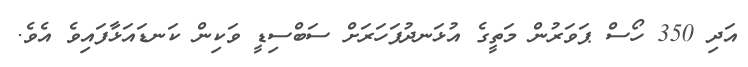
އަދި 350 ހޯސް ޕަވަރުން މަތީގެ އުޅަނދުފަހަރަށް ސަބްސިޑީ ވަކިން ކަނޑައަޅާފައިވެ އެވެ.